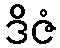
ဒိဇံ